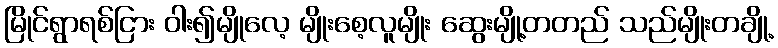
မြိုင်ရွာရစ်ငြား ဝါး၍မျိုလေ့ မျိုးစေ့လူမျိုး ဆွေးမျို့တတည် သည်မျိုးတချို့